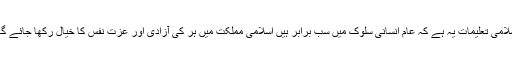
اسلامی تعلیمات یہ ہے کہ عام انسانی سلوک میں سب برابر ہیں اسلامی مملکت میں ہر کی آزادی اور عزت نفس کا خیال رکھا جائے گا ۔